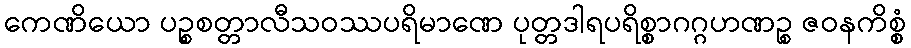
ကေဏိယော ပဉ္စစတ္တာလီသဝဿပရိမာဏေ ပုတ္တဒါရပရိစ္စာဂဂ္ဂဟဏဉ္စ ဇဝနကိစ္စံ